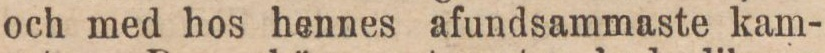
och med hos hennes afundsammaste kam-